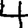
Digit: 4